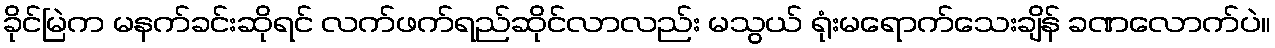
ခိုင်မြဲက မနက်ခင်းဆိုရင် လက်ဖက်ရည်ဆိုင်လာလည်း မသွယ် ရုံးမရောက်သေးချိန် ခဏလောက်ပဲ။